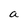
Character: a